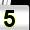
Digit: 5